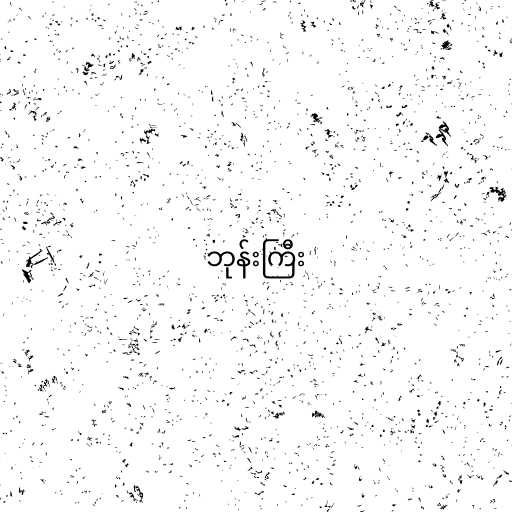
ဘုန်းကြီး